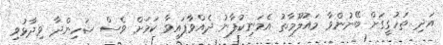
އަދި ތަހުގީގަށް ބޭނުންވާ މައުލޫމާތު އެމަނިކުފާނު ދެއްވާފައިވާ ކަމަށް ވެސް ޝަހިންދާ ވިދާޅުވި